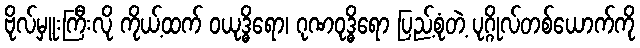
ဗိုလ်မှူးကြီးလို ကိုယ့်ထက် ဝယုဒ္ဓိရော၊ ဂုဏဝုဒ္ဓိရော ပြည့်စုံတဲ့ ပုဂ္ဂိုလ်တစ်ယောက်ကို